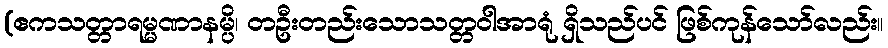
(ဧကသတ္တာရမ္မဏာနမ္ပိ၊ တဦးတည်းသောသတ္တဝါအာရုံ ရှိသည်ပင် ဖြစ်ကုန်သော်လည်း။